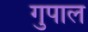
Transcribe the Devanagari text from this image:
गुपाल